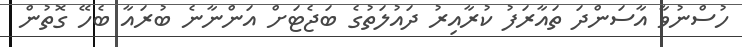
ހުސްނުވާ އާސަންދަ ތައާރަފު ކުރާއިރު ދައުލަތުގެ ބަޖެޓަށް އަންނާނެ ބުރައާ ބެހޭ ގޮތުން